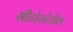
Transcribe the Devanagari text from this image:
सीटोस्टेरॉल